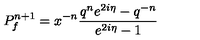
P _ { f } ^ { n + 1 } = x ^ { - n } \frac { q ^ { n } e ^ { 2 i \eta } - q ^ { - n } } { e ^ { 2 i \eta } - 1 }